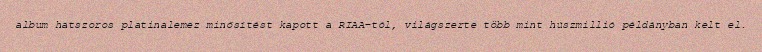
album hatszoros platinalemez minősítést kapott a RIAA-tól, világszerte több mint húszmillió példányban kelt el.